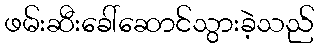
ဖမ်းဆီးခေါ်ဆောင်သွားခဲ့သည်